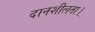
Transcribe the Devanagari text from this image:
दानशीलता।